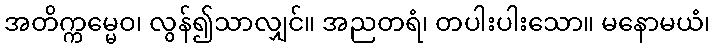
အတိက္ကမ္မေဝ၊ လွန်၍သာလျှင်။ အညတရံ၊ တပါးပါးသော။ မနောမယံ၊